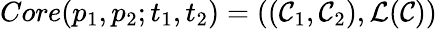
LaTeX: Core(p_{1},p_{2};t_{1},t_{2})=((\mathcal{C}_{1},\mathcal{C}_{2}),\mathcal{L}(\mathcal{C}))